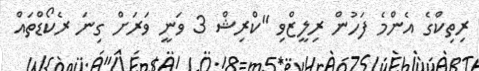
ރިތިކްގެ އެންމެ ފަހުން ރިލީޒްވި "ކްރިޝް 3 ވަނީ ވަރަށް ގިނަ ރެކޯޑްތައް